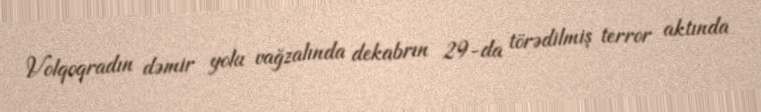
Volqoqradın dəmir yolu vağzalında dekabrın 29-da törədilmiş terror aktında